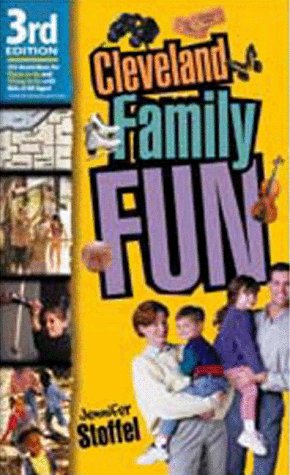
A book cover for Cleveland Family Fun 3rd Edition; Jennifer Stoffel; Travel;